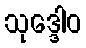
သုဒ္ဒေါဝ